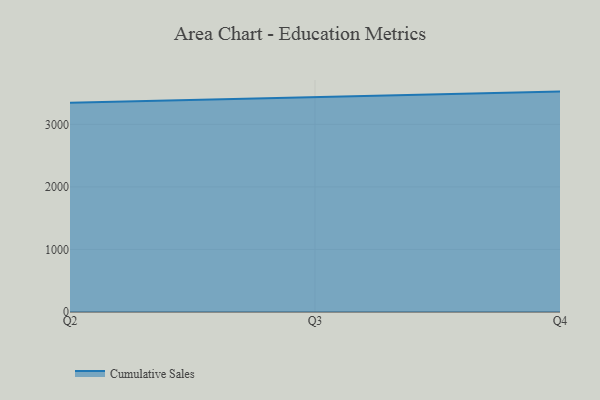
{"axis": {"x": "Quarter", "y": "Market Share (%)"}, "legend": ["Cumulative Sales"], "data": [{"x": "Q2", "y": 3343.8, "type": "Cumulative Sales"}, {"x": "Q3", "y": 3433.8, "type": "Cumulative Sales"}, {"x": "Q4", "y": 3523.7, "type": "Cumulative Sales"}]}